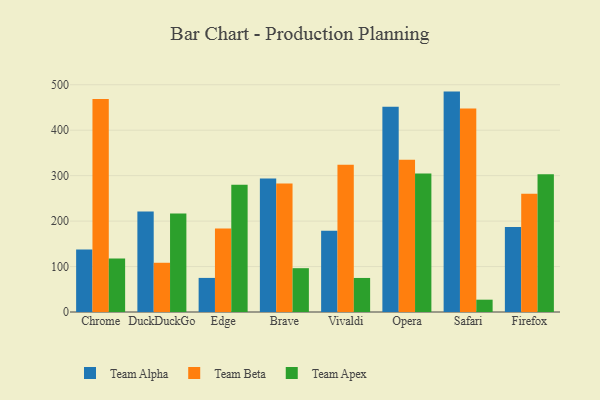
{"axis": {"x": "Browser", "y": "Net Income (USD K)"}, "legend": ["Team Alpha", "Team Apex", "Team Beta"], "data": [{"x": "Chrome", "y": 137.7, "type": "Team Alpha"}, {"x": "Chrome", "y": 468.8, "type": "Team Beta"}, {"x": "Chrome", "y": 117.7, "type": "Team Apex"}, {"x": "DuckDuckGo", "y": 221.1, "type": "Team Alpha"}, {"x": "DuckDuckGo", "y": 108.3, "type": "Team Beta"}, {"x": "DuckDuckGo", "y": 216.9, "type": "Team Apex"}, {"x": "Edge", "y": 75.0, "type": "Team Alpha"}, {"x": "Edge", "y": 183.5, "type": "Team Beta"}, {"x": "Edge", "y": 280.0, "type": "Team Apex"}, {"x": "Brave", "y": 293.6, "type": "Team Alpha"}, {"x": "Brave", "y": 282.6, "type": "Team Beta"}, {"x": "Brave", "y": 96.4, "type": "Team Apex"}, {"x": "Vivaldi", "y": 178.7, "type": "Team Alpha"}, {"x": "Vivaldi", "y": 323.8, "type": "Team Beta"}, {"x": "Vivaldi", "y": 74.9, "type": "Team Apex"}, {"x": "Opera", "y": 451.6, "type": "Team Alpha"}, {"x": "Opera", "y": 334.9, "type": "Team Beta"}, {"x": "Opera", "y": 304.6, "type": "Team Apex"}, {"x": "Safari", "y": 484.9, "type": "Team Alpha"}, {"x": "Safari", "y": 447.7, "type": "Team Beta"}, {"x": "Safari", "y": 27.1, "type": "Team Apex"}, {"x": "Firefox", "y": 186.8, "type": "Team Alpha"}, {"x": "Firefox", "y": 260.4, "type": "Team Beta"}, {"x": "Firefox", "y": 303.0, "type": "Team Apex"}]}